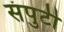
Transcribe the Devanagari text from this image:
संपुटी